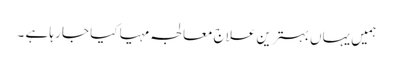
ہمیں یہاں بہترین علاج معالجہ مہیا کیا جا رہا ہے ۔